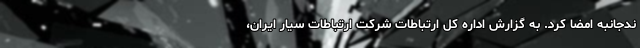
ندجانبه امضا کرد. به گزارش اداره کل ارتباطات شرکت ارتباطات سیار ایران،